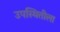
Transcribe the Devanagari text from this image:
उपस्थितीला